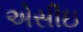
એસીઇ